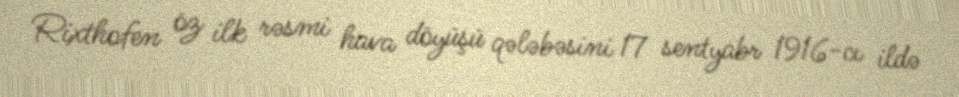
Rixthofen öz ilk rəsmi hava döyüşü qələbəsini 17 sentyabr 1916-cı ildə